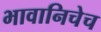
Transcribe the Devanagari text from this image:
भावानिचेच